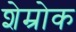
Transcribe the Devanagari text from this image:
शेम्रोक